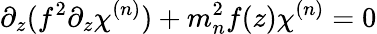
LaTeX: \partial_{z}(f^{2}\partial_{z}\chi^{(n)})+m_{n}^{2}f(z)\chi^{(n)}=0